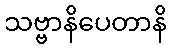
သဗ္ဗာနိပေတာနိ